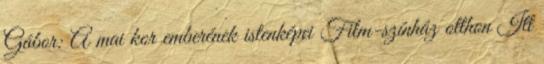
Gábor: A mai kor emberének istenképei Film-színház otthon Itt